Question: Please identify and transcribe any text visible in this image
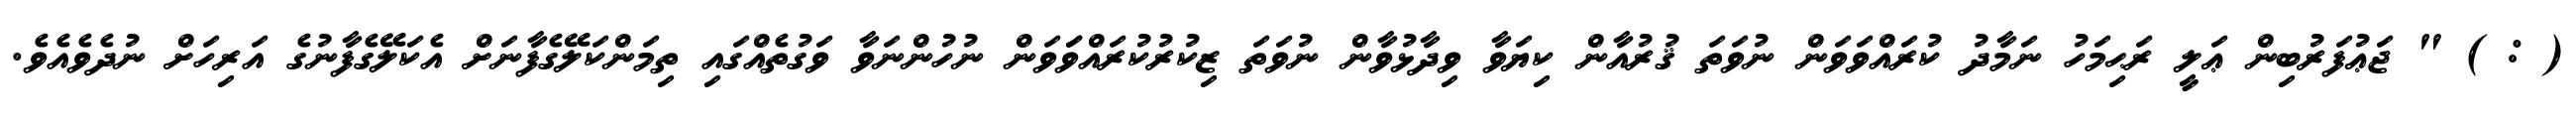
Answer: ( : ) " ޖަޢުފަރުބިން ޢަލީ ރަޙިމަހު ނަމާދު ކުރައްވަވަން ނުވަތަ ޤުރުއާން ކިޔަވާ ވިދާޅުވާން ނުވަތަ ޒިކުރުކުރައްވަަވަން ނުހުންނަވާ ވަގުތެއްގައި ތިމަންކަލޭގެފާނަށް އެކަލޭގެފާނުގެ އަރިހަށް ނުދެވެއެވެ.